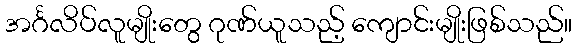
အင်္ဂလိပ်လူမျိုးတွေ ဂုဏ်ယူသည့် ကျောင်းမျိုးဖြစ်သည်။